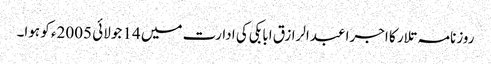
روزنامہ تلار کا اجرا عبدالرازق ابابکی کی ادارت میں 14 جولائی 2005ء کو ہوا۔